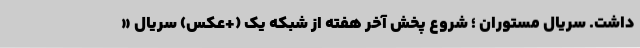
داشت. سریال مستوران ؛ شروع پخش آخر هفته از شبکه یک (+عکس) سریال «